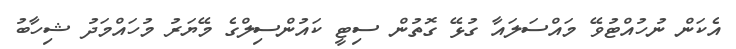
އެކަން ނުހުއްޓުވޭ މައްސަލައާ ގުޅޭ ގޮތުން ސިޓީ ކައުންސިލްގެ މޭޔަރު މުހައްމަދު ޝިހާބު